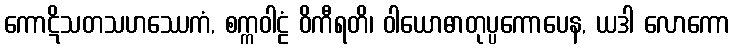
ကောဋိသတသဟဿေကံ, စက္ကဝါဠံ ဝိကီရတိ၊ ဝါယောဓာတုပ္ပကောပေန, ယဒါ လောကော